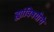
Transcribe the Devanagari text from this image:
ह्यांविषयीचे